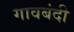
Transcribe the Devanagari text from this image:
गावबंदी